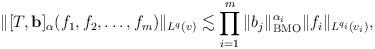
LaTeX: \begin{align*}\|[T, \textbf{b}]_\alpha (f_1, f_2,\dots, f_m)\|_{L^q (v)}\lesssim\prod_{i=1}^m \|b_j\|^{\alpha_i}_{{\rm BMO}} \|f_i\|_{L^{q_i}\left(v_i\right)},\end{align*}